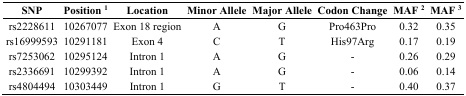
| SNP | Position 1 | Location | Minor Allele | Major Allele | Codon Change | MAF 2 | MAF 3 |
 | --- | --- | --- | --- | --- | --- | --- | --- |
 | rs2228611 | 10267077 | Exon 18 region | A | G | Pro463Pro | 0.32 | 0.35 |
 | rs16999593 | 10291181 | Exon 4 | C | T | His97Arg | 0.17 | 0.19 |
 | rs7253062 | 10295124 | Intron 1 | A | G | - | 0.26 | 0.29 |
 | rs2336691 | 10299392 | Intron 1 | A | G | - | 0.06 | 0.14 |
 | rs4804494 | 10303449 | Intron 1 | G | T | - | 0.40 | 0.37 |